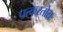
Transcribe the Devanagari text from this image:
पत्करतोय